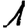
Digit: 1